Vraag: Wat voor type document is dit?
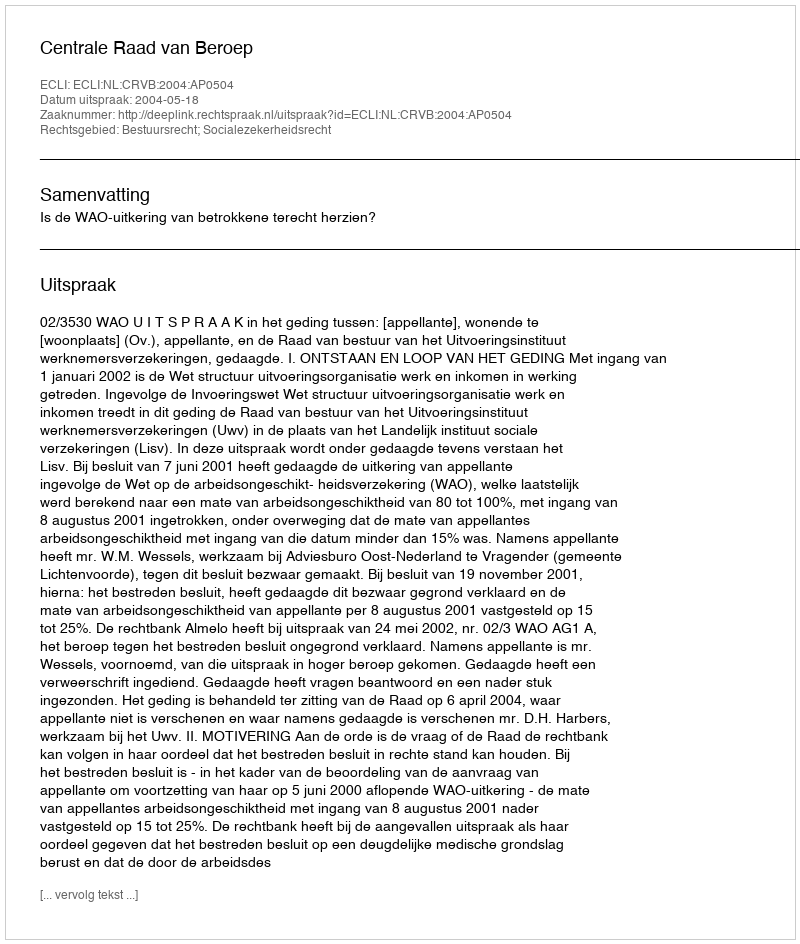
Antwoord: Uitspraak